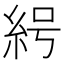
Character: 𰫟